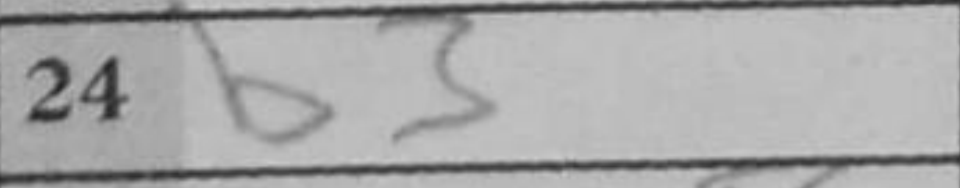
Transcription: b3